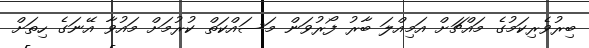
ބިރުވެރިކަމުގެ މައްޗަށް އަމިއްލަ ބާރު ފޯރުވަން މަސައްކަތް ކުރުމަށް މައުވާ އޭނަގެ ހިތަށް